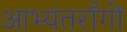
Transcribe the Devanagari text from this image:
आभ्यंतराँगों